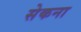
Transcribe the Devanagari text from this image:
सेकना